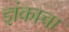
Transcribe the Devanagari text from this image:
ज्ञंकाचा